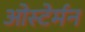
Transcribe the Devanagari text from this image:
ओस्टेर्मन